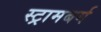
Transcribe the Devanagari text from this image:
स्ट्रामबर्ग